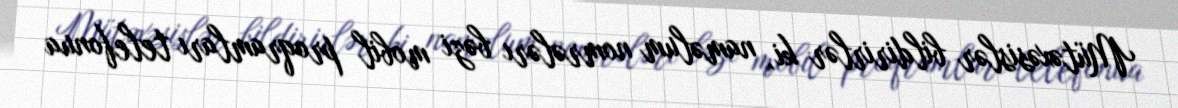
Mütəxəsislər bildirirlər ki, naməlum nomrələrı bəzi mobil proqramları telefonua